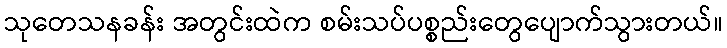
သုတေသနခန်း အတွင်းထဲက စမ်းသပ်ပစ္စည်းတွေပျောက်သွားတယ်။